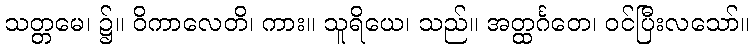
သတ္တမေ၊ ၌။ ဝိကာလေတိ၊ ကား။ သူရိယေ၊ သည်။ အတ္ထင်္ဂတေ၊ ဝင်ပြီးလသော်။